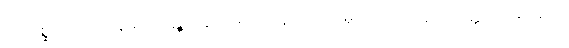
အာဂစ္ဆတိ၊ လာပြန်ပေလတ္တံ့။ ဣတိမညမာနာ၊ ဤသို့မှတ်ထင်ကုန်၍။ ပုတ္တ၊ သားမောင်။